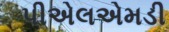
પીએલએમડી